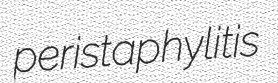
peristaphylitis